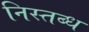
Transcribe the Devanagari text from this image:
निस्तब्ध